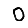
Digit: 0